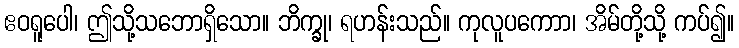
ဧဝရူပေါ၊ ဤသို့သဘောရှိသော။ ဘိက္ခု၊ ရဟန်းသည်။ ကုလူပကောာ၊ အိမ်တို့သို့ ကပ်၍။